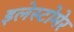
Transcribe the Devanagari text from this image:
इलेस्टोमेर